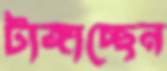
টাঙ্গাচ্ছেন